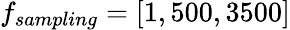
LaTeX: f_{sampling}=[1,500,3500]